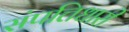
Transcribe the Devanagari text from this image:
संपत्तिधारी